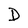
Character: D